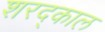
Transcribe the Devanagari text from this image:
शरद्काल